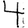
Digit: 4